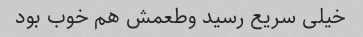
خیلی سریع رسید وطعمش هم خوب بود